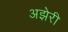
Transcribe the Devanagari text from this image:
अझेरी